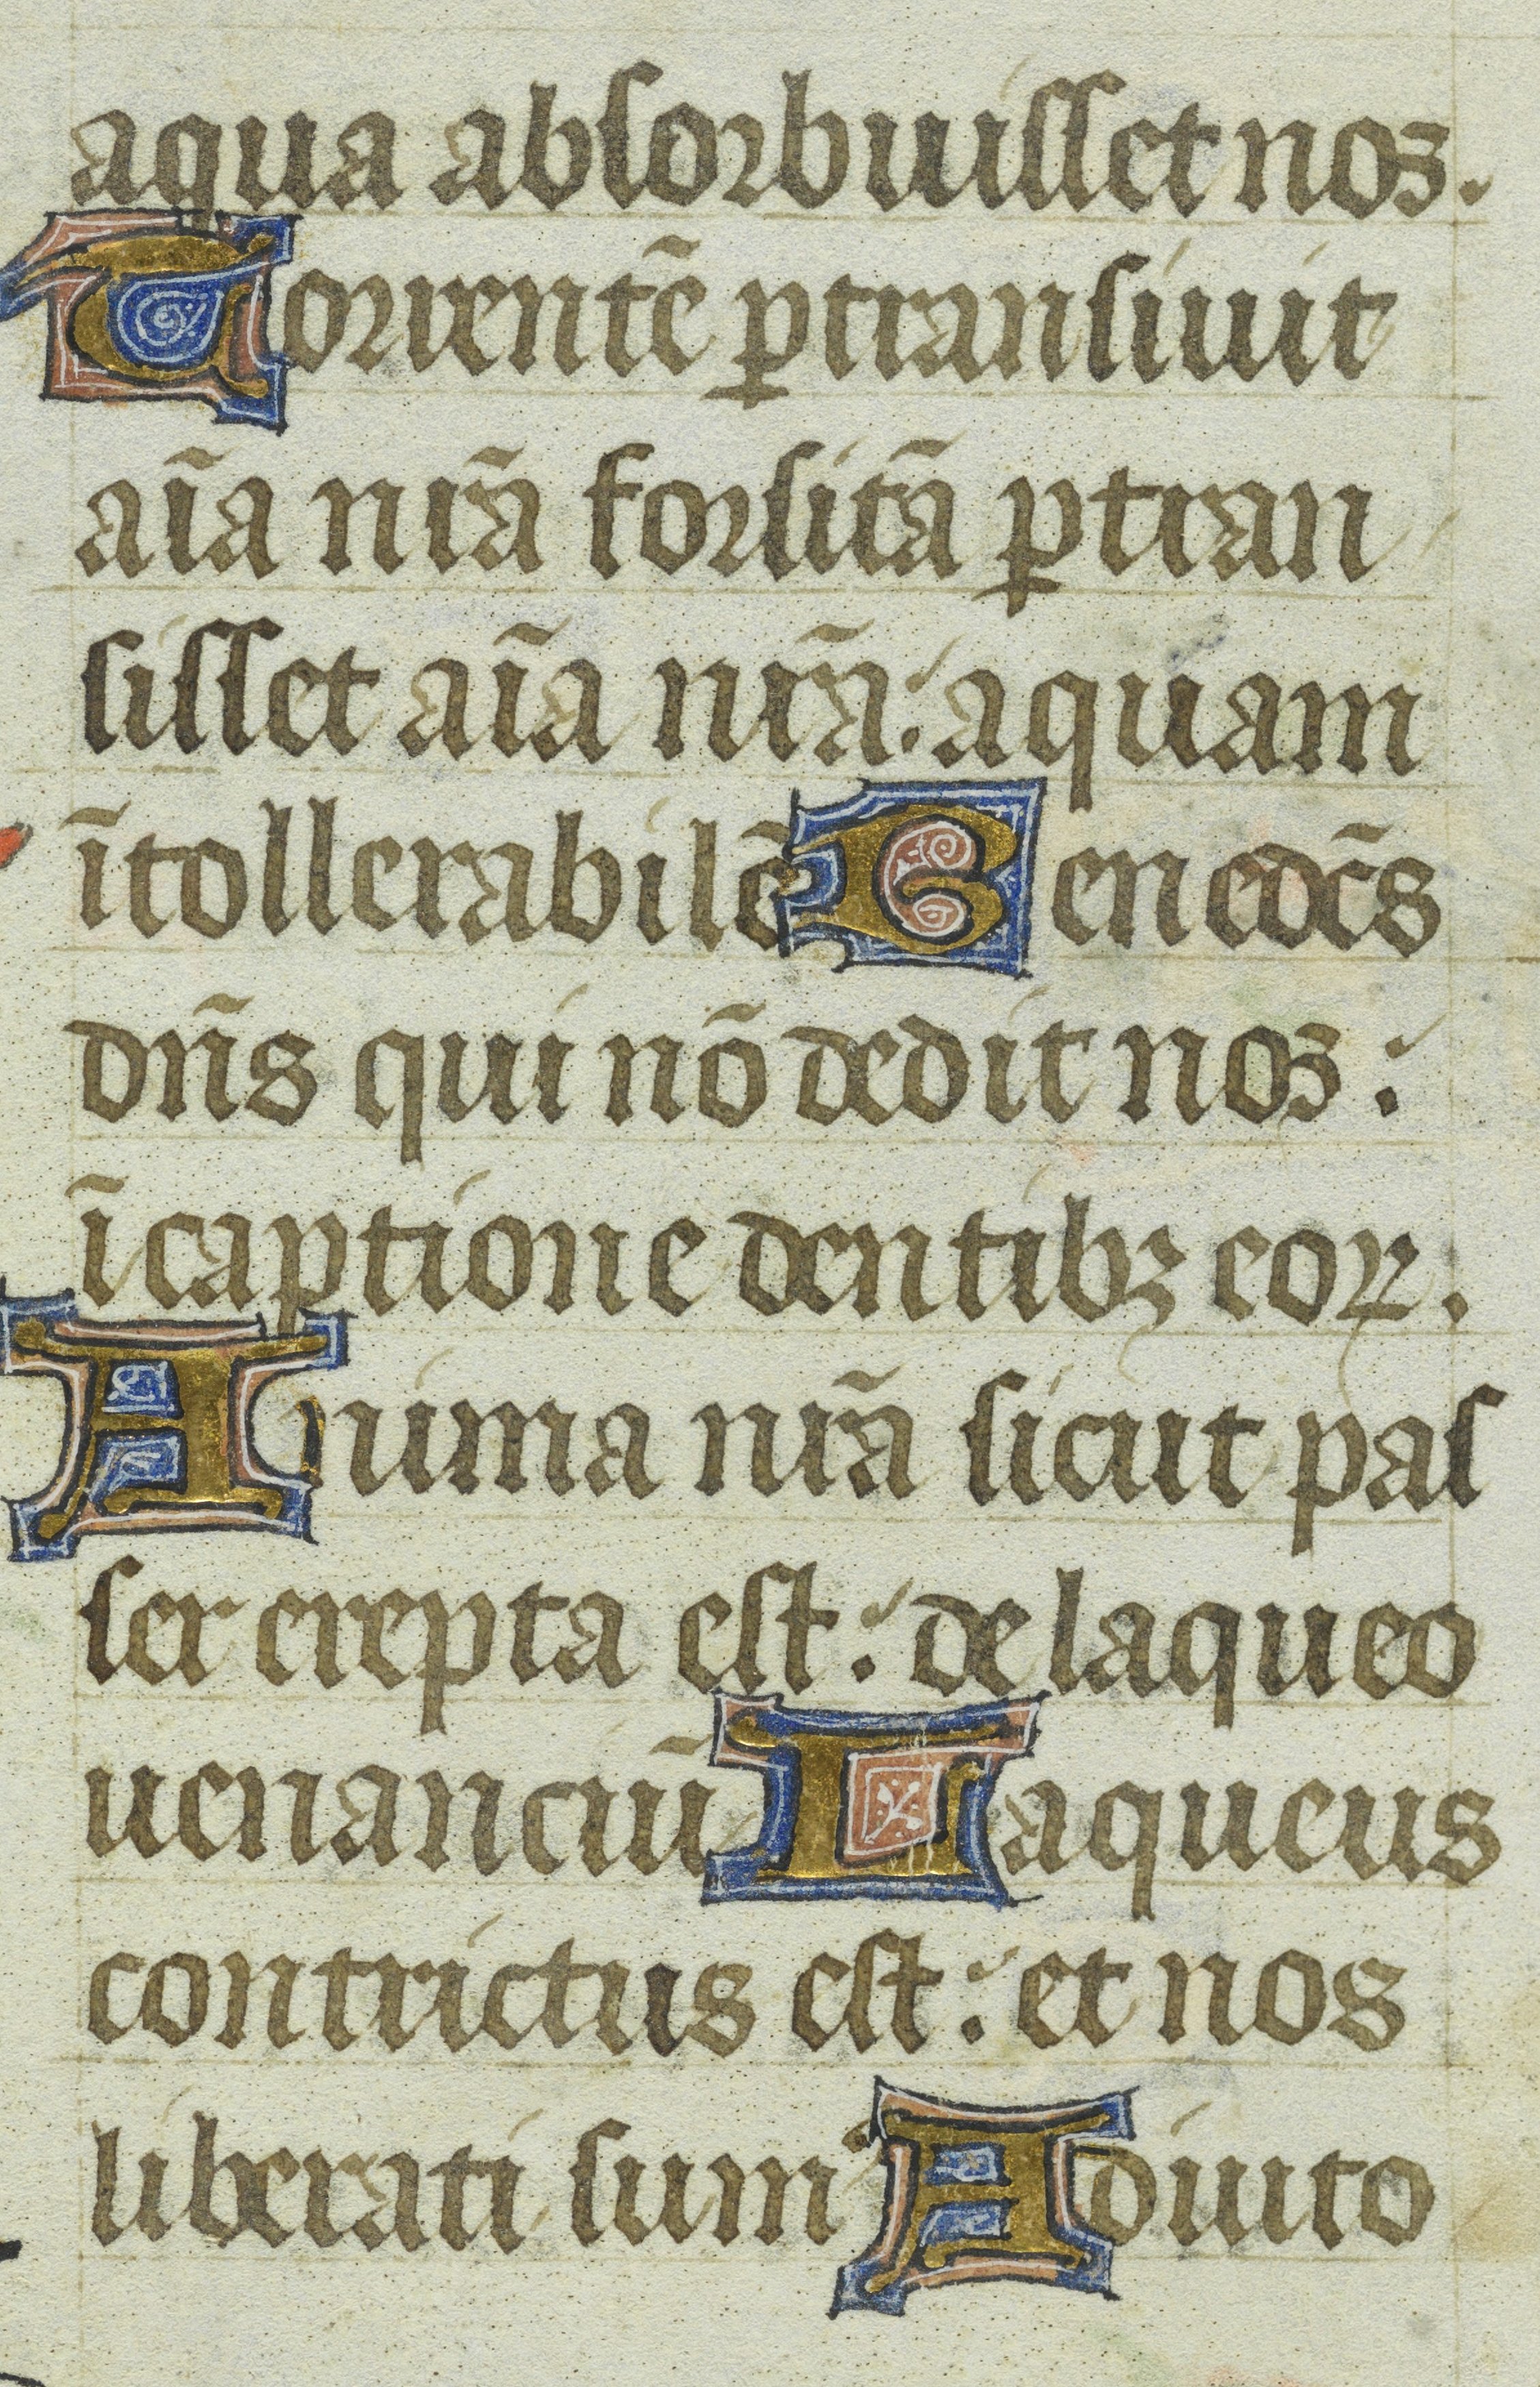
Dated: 1400–1449